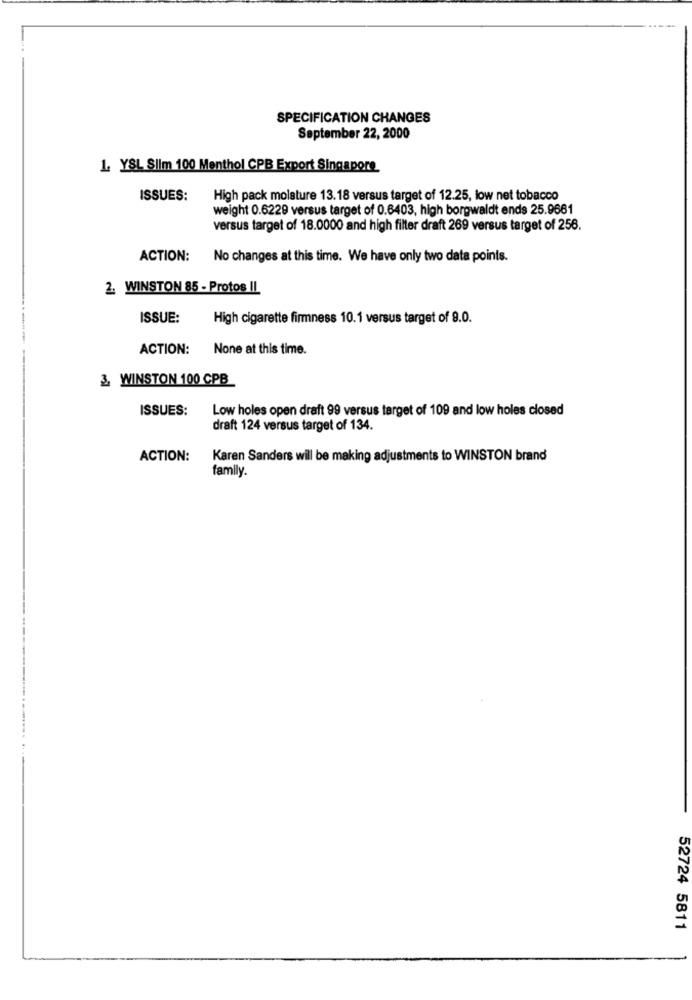
SPECIFICATION CHANGES
September 22, 2000
1. YSL Slim 100 Menthol CPB Export Singapore
ISSUES:
High pack moisture 13.18 versus target of 12.25, low net tobacco
weight 0.6229 versus target of 0.6403, high borgwaldt ends 25.9661
versus target of 18.0000 and high filter draft 269 versus target of 256.
ACTION:
No changes at this time. We have only two data points.
2. WINSTON 85 - Protos IL
ISSUE:
High cigarette firmness 10.1 versus target of 9.0.
ACTION:
None at this time.
3. WINSTON 100 CPB
ISSUES:
Low holes open draft 99 versus target of 109 and low holes closed
draft 124 versus target of 134.
ACTION:
Karen Sanders will be making adjustments to WINSTON brand
family.
52724 5811